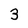
Character: 3